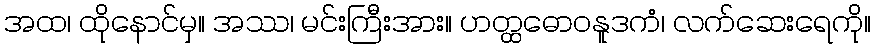
အထ၊ ထိုနောင်မှ။ အဿ၊ မင်းကြီးအား။ ဟတ္ထဓောဝနူဒကံ၊ လက်ဆေးရေကို။